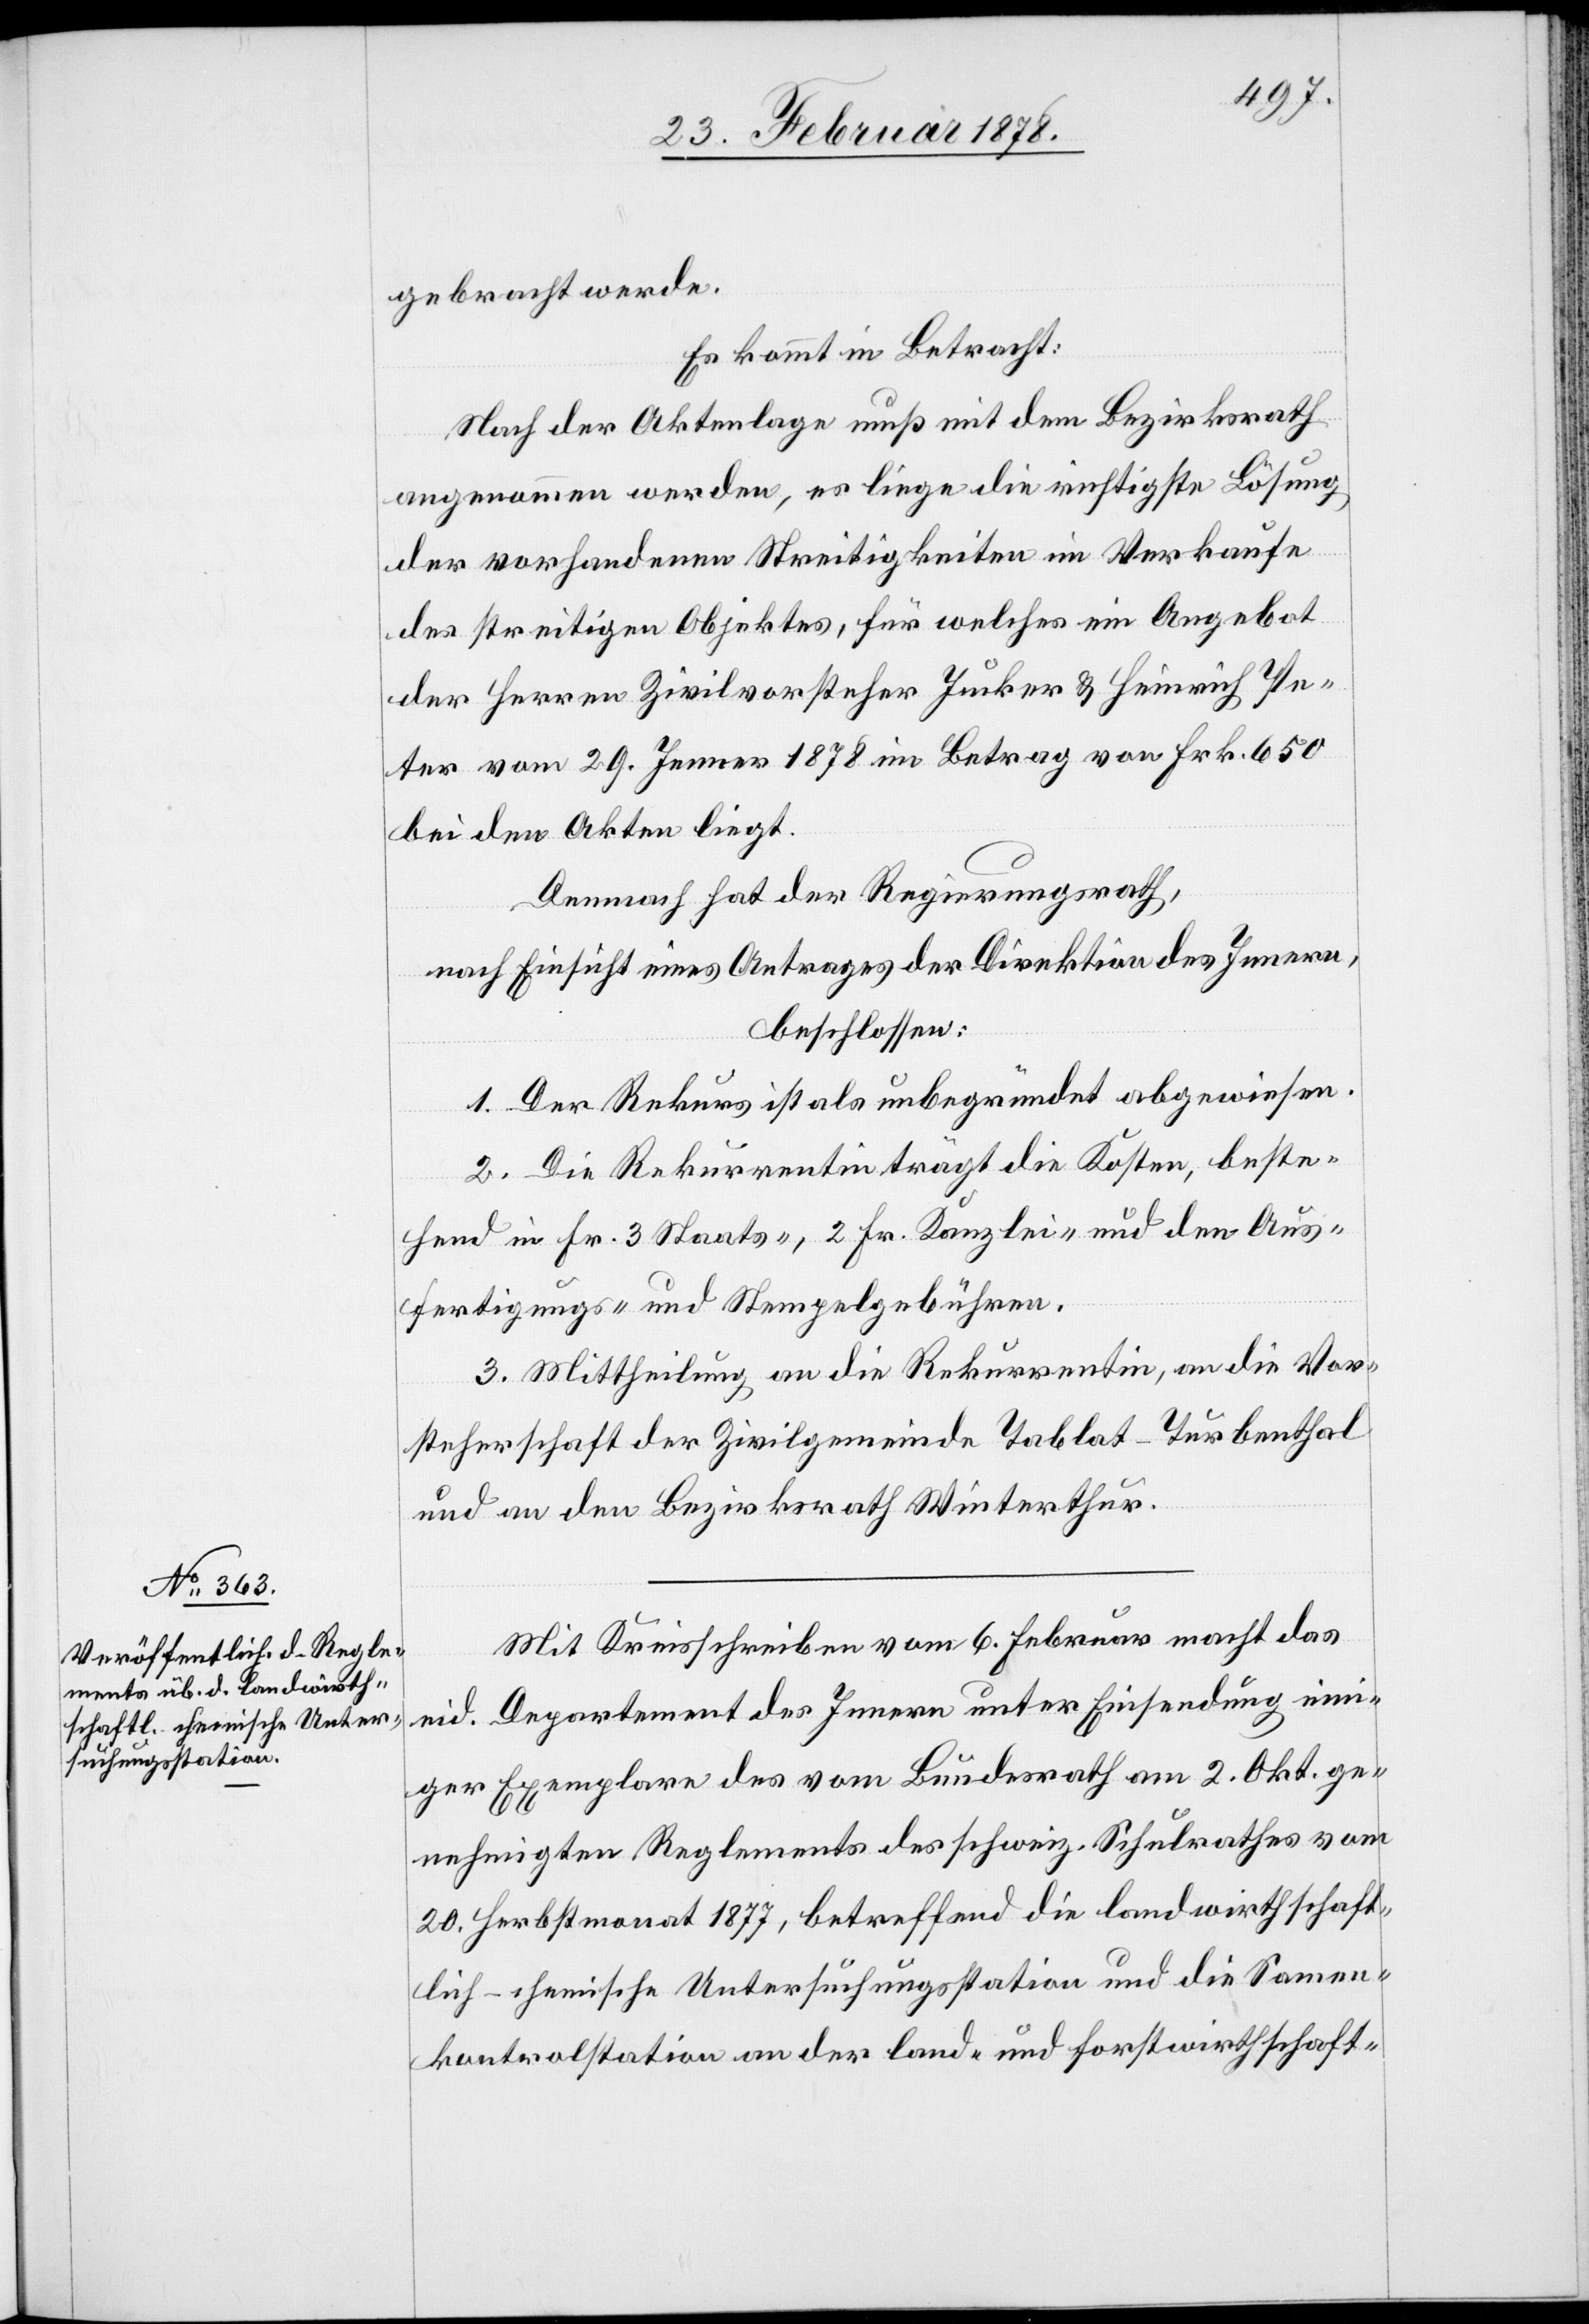
gebracht werde.
Es kommt in Betracht:
Nach der Aktenlage muß mit dem Bezirksrath
angenommen werden, es liege die richtigste Lösung
der vorhandenen Streitigkeiten im Verkaufe
des streitigen Objektes, für welches ein Angebot
der Herren Zivilvorsteher Jucker & Heinrich Pe¬
ter vom 29. Jenner 1878 im Betrag von Frk. 650
bei den Akten liegt.
Demnach hat der Regierungsrath,
nach Einsicht eines Antrages der Direktion des Innern,
beschlossen:
1. Der Rekurs ist als unbegründet abgewiesen.
2. Die Rekurrentin trägt die Kosten, beste¬
hend in Fr. 3 Staats-, 2 Fr. Kanzlei- und den Aus¬
fertigungs- und Stempelgebühren.
3. Mittheilung an die Rekurrentin, an die Vor¬
steherschaft der Zivilgemeinde Tablat - Turbenthal
und an den Bezirksrath Winterthur.
Mit Kreisschreiben vom 6. Februar macht das
eid. Departement des Innern unter Einsendung eini¬
ger Exemplare des vom Bundesrath am 2. Okt. ge¬
nehmigten Reglements des schweiz. Schulrathes vom
20. Herbstmonat 1877, betreffend die landwirthschaft¬
lich-chemische Untersuchungsstation und die Samen¬
kontrolstation an der land- und forstwirthschaft-